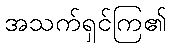
အသက်ရှင်ကြ၏